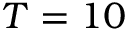
T = 1 0